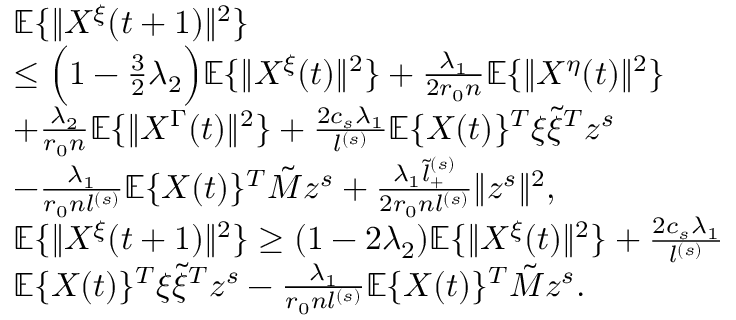
\begin{array} { r l } & { \mathbb { E } \{ \| X ^ { \xi } ( t + 1 ) \| ^ { 2 } \} } \\ & { \le \Big ( 1 - \frac 3 2 \lambda _ { 2 } \Big ) \mathbb { E } \{ \| X ^ { \xi } ( t ) \| ^ { 2 } \} + \frac { \lambda _ { 1 } } { 2 r _ { 0 } n } \mathbb { E } \{ \| X ^ { \eta } ( t ) \| ^ { 2 } \} } \\ & { + \frac { \lambda _ { 2 } } { r _ { 0 } n } \mathbb { E } \{ \| X ^ { \Gamma } ( t ) \| ^ { 2 } \} + \frac { 2 c _ { s } \lambda _ { 1 } } { l ^ { ( s ) } } \mathbb { E } \{ X ( t ) \} ^ { T } \xi \tilde { \xi } ^ { T } z ^ { s } } \\ & { - \frac { \lambda _ { 1 } } { r _ { 0 } n l ^ { ( s ) } } \mathbb { E } \{ X ( t ) \} ^ { T } \tilde { M } z ^ { s } + \frac { \lambda _ { 1 } \tilde { l } _ { + } ^ { ( s ) } } { 2 r _ { 0 } n l ^ { ( s ) } } \| z ^ { s } \| ^ { 2 } , } \\ & { \mathbb { E } \{ \| X ^ { \xi } ( t + 1 ) \| ^ { 2 } \} \ge ( 1 - 2 \lambda _ { 2 } ) \mathbb { E } \{ \| X ^ { \xi } ( t ) \| ^ { 2 } \} + \frac { 2 c _ { s } \lambda _ { 1 } } { l ^ { ( s ) } } } \\ & { \mathbb { E } \{ X ( t ) \} ^ { T } \xi \tilde { \xi } ^ { T } z ^ { s } - \frac { \lambda _ { 1 } } { r _ { 0 } n l ^ { ( s ) } } \mathbb { E } \{ X ( t ) \} ^ { T } \tilde { M } z ^ { s } . } \end{array}